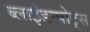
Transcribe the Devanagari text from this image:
ब्लाइंडस्पोट्स